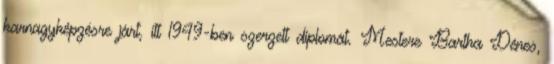
karnagyképzésre járt, itt 1949-ben szerzett diplomát. Mestere Bartha Dénes,